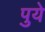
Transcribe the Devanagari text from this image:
पुये